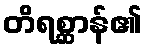
တိရစ္ဆာန်၏